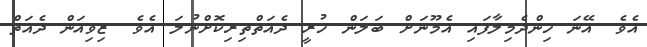
އެވެ. އޭނަ ހިންދެމިލާފައި އެމޫނަށް ބަލަން ހުރީ ދެއަތްތިރިކޮށްނުލަ އެވެ. ޒިވިއަން ދެއަތް